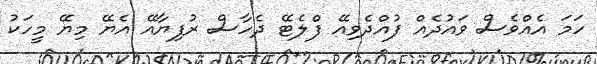
ހަމަ އެއްވެސް ވައުދެއް ފުއްދެވިއޭ ފްލެޓޭ ދެހާސް ރުފިޔާއޭ އެޔޭ މިޔޭ މީހަކު